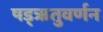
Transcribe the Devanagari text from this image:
षड्‌ऋतुवर्णन